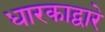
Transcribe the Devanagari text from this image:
धारकाद्वारे